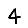
Digit: 4